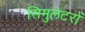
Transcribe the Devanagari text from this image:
सिमुलेटरों